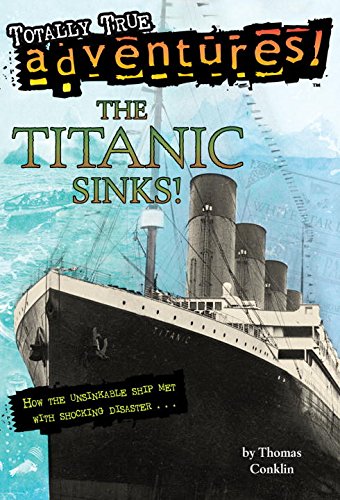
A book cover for Titanic Sinks! (Stepping Stone,  paper); Thomas Conklin; Children's Books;